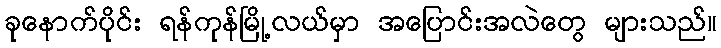
ခုနောက်ပိုင်း ရန်ကုန်မြို့လယ်မှာ အပြောင်းအလဲတွေ များသည်။